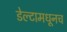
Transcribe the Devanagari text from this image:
डेल्टामधूनच